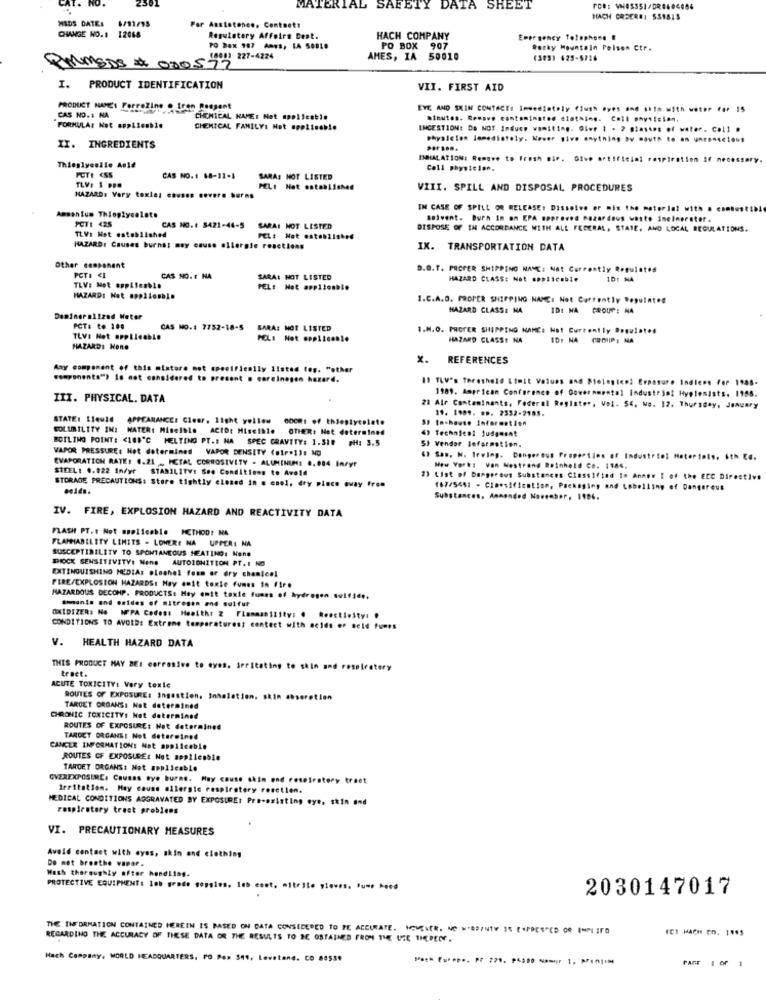
MATERIAL SAFETY DATA SHEET
MIDS DATE: 6/11/95
HACH CREER#: 551815
For Anstatonee, Contoett
CHANGE NO.1 12068
Regulatory Affairs Dept.
HACH COMPANY
Emergency Telephone #
TO Dex 987 Ames, LA 50010
PO BOX 907
Rocky Mountain Poison Ctr.
18001 227-4224
AMES, IA 50010
(305) 625-5716
QUMEDS # 030577
I. PRODUCT IDENTIFICATION
VII. FIRST AID
PRODUCT NAMES ForreZine . tren Reagent
EVE AND SKIN CONTACT: Immediately flush eyes and sklo with water for 15
CAS NO.$ NA
CHEMICAL NAME: Not applicable
Minutes. Remove contaminated clothing. Coll physician.
FORMULA: Not applicable
CHEMICAL FAMILY: Not applisob !.
INGESTION: Do NOT Induce vomiting. Give 1 . 7 glasses of water. Col1 .
physicien lomediately. Nower siwe anything By mouth to en unconscious
II. INGREDIENTS
INHALATION: Remove to fresh mir. Give artificial respiration If necessary.
Thieglyeolie Aold
PETE <SS
Call physician.
CAS NO. 1 18-11-4
SARA: NOT LISTED
TLV: 1 PPO
PEL: Not established
VIII. SPILL AND DISPOSAL PROCEDURES
HAZARD: Very toxle: causes .overe burns
Ammonium Thioplycolate
IN CASE OF SPILL OR RELEASE: Dissolve or mix the material with . combustible
PCT1 425
solvent. Burn In on EPA .perovon mazardous wasto ineinerator.
TLV: Not established
CAS NO.1 5421-44-5 SARA: NOT LISTED
DISPOSE OF IN ACCORDANCE WITH ALL FEDERAL, STATE, AND LOCAL REGULATIONS.
PEL: Not established
HAZARD: Causes burnst may cause allergie reactions
IX. TRANSPORTATION DATA
Other component
PCT: < I
D.O.T. PROFER SHIPPING NAME: Not Currently Regulated
CAS NO. I NA
SARA: NOT LISTED
HAZARD CLASS: Not applicable
ID: NA
TLV: Not applicable
PEL: Hot applicable
HAZARDI Net appAlonble
I.C.A.D. PROPER SHIPPING NAME: Not Currently Reputatod
HAZARD CLASSE NA
ID: NA GROUP: NA
Deminer alized Water
PCT: to 100
CAS NO .: 7752-18-5 SARA: NOT LISTED
1.H.O. PROTER SHIPPING NAME: Hot Currently Dosulated
TLV: Not applicable
PCL: Not applicable
HAZARD CLASSE NA
ID: NA CROIIP: NA
HAZARD: Hone
x.
REFERENCES
Any component of this mixture mot specifically ilsted tes. "other
components") is not considered to procent . carcinogen hazard.
11 TLV's Threshold Limit Values and Miological Erpasure Indices For 1988-
III. PHYSICAL. DATA
1989. American Conference of Governmental Industrial Hygienists. 1158.
21 Alr Contaminants, Federal Register, Vol. 56. No. 12. Thursday, January
19. 1989. 99. 2332-2185.
STATE: 114u16 APPEARANCE: Clear. light yellow 600m: of thieplycolete
SOLUBILITY IN: WATER: Miselbio ACID: Miscible OTHER: Not determined
4) Technical Judgment
BOILING POINT: < 148'℃ MELTING PT .: HA SPEC GRAVITY: 1.510 #H: 3.5
SI Vendor leformation.
VAPOR PRESSURE: Hot determined
VAPOR DENSITY (str=13: NO
EVAPORATION RATE: 0.21 - METAL CORROSIVITY - ALUMINUM: 0.004 Intyr
( Sas, N. Irwing. Dangerous Properties of Industrin] Materials. 6th E4.
STEEL: 0.022 In/yr STABILITY: Soo Conditions to Avoid
New York: Van Nostrand Boinheld Co. 1184.
71 List of Dangerous Substances Classified In Annow I of the ECC Directive
STORAGE PRECAUTIONS: Store tightly closed in o enel, dry pince away from
acids.
187/5441 - Classification, Packaging and Labelling of Dangereus
Substances, Annonded November, 1906.
IV. FIRE, EXPLOSION HAZARD AND REACTIVITY DATA
FLASH PT .: Not applicable METHOD: NA
FLAMMABILITY LIMITS - LOWER: NA UPPER: NA
SUSCEPTIBILITY TO SPONTANEOUS HEATING: None
PIOCK SENSITIVITY: Mens AUTOIGNITION PT.I NG
EXTINGUISHING MEDIA: eleshel foam or dry chanlee!
FIRE/EXPLOSION HAZARDS: May emit toxie Fumes in Fire
HAZARDOUS DECOMP. PRODUCTS: May amit toxie fumes of hydrogen sulfide.
amante and oxides of .. tresen od sulfur
OXIDIZER: No MPPA Codes: Health: 2 Flammability: @ Reactieity: .
CONDITIONS TO AVOID: Extreme temperaturest contact with acids er geld fors
V.
HEALTH HAZARD DATA
THIS PRODUCT MAY BE: corrosive to eyes. irritating to skin and roselestery
tract.
ACUTE TOXICITY: Very toxic
ROUTES OF EXPOSURE: Ingestion, Inhalation, skin ahserotien
TARGET ORGANS: Not determined
CHRONIC TOXICITY: Not determined
ROUTES OF EXPOSURE: Hat determined
TARDET ORGANS: Not determined
CANCER INFORMATION: Not applicable
ROUTES OF EXPOSURE: Not appllesbie
TARGET ORGANS: Not applicable
GVZREXPOSERE: Causas eye burns. May cause skin end respiratory tract
Irritation. May cause allergic respirotery rosetien.
MEDICAL CONDITIONS AGGRAVATED BY EXPOSURE: Pre-existing eye, skin and
respiratory tract problems
VI. PRECAUTIONARY MEASURES
Avoid contact with eyes, skin and clothing
Do met breathe vapor.
Wash thoroughly ofter handling.
PROTECTIVE EQUIPMENT: 10b grade sopsins. 1eb cest. mitrile gloves. fume hood
2030147017
THE THFORMATION CONTAINED HEREIN IS BASED ON CATA CONSIDERED TO PE ACCURATE. HOWEVER, NO N-BEINTV IS EXPRESSED OR INMITO
(C) HACH CO. 1445
REGARDING THE ACCURACY OF THESE DATA OR THE RESULTS TO BE OBTAINED FROM THE USE THEPEET .
Hach Company, WORLD HEADQUARTERS. PO Pow 341, Lowstand. CO 86539
PAGE 1 OF 1